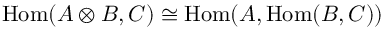
{ \mathrm { H o m } } ( A \otimes B , C ) \cong { \mathrm { H o m } } ( A , { \mathrm { H o m } } ( B , C ) )